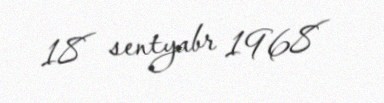
18 sentyabr 1968